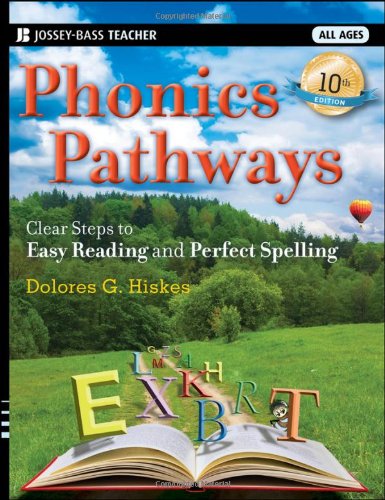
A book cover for Phonics Pathways: Clear Steps to Easy Reading and Perfect Spelling; Dolores G. Hiskes; Education & Teaching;